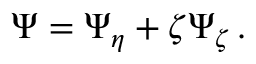
\Psi = \Psi _ { \eta } + \zeta \Psi _ { \zeta } \, .